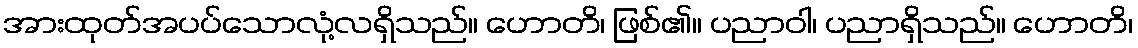
အားထုတ်အပပ်သောလုံ့လရှိသည်။ ဟောတိ၊ ဖြစ်၏။ ပညာဝါ၊ ပညာရှိသည်။ ဟောတိ၊